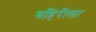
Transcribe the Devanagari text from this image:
बहिरीला